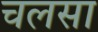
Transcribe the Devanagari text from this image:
चलसा